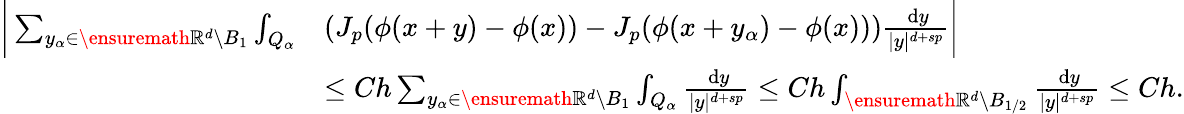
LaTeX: \begin{array}{rl}{\bigg|\sum_{y_{\alpha}\in\ensuremath{\mathbb{R}}^{d}\setminus B_{1}}\int_{Q_{\alpha}}}&{(J_{p}(\phi(x+y)-\phi(x))-J_{p}(\phi(x+y_{\alpha})-\phi(x)))\frac{\, \mathrm{d}y}{|y|^{d+sp}}\bigg|}\\ &{\leq Ch\sum_{y_{\alpha}\in\ensuremath{\mathbb{R}}^{d}\setminus B_{1}}\int_{Q_{\alpha}}\frac{\, \mathrm{d}y}{|y|^{d+sp}}\leq Ch\int_{\ensuremath{\mathbb{R}}^{d}\setminus B_{1/2}}\frac{\, \mathrm{d}y}{|y|^{d+sp}}\leq Ch.}\end{array}